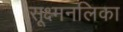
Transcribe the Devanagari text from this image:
सूक्ष्मनलिका